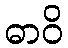
ဓာဝိ